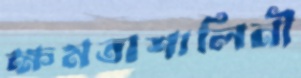
ক্ষমতাশালিনী